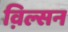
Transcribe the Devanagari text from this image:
व़िल्सन